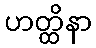
ဟတ္ထိနာ